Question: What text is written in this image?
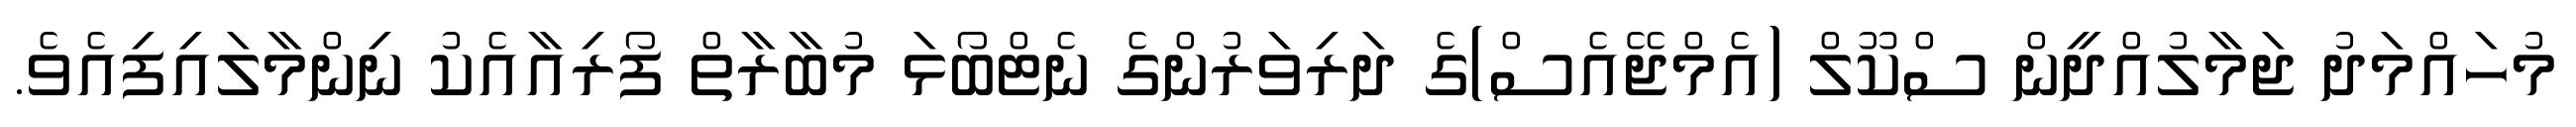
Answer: މުހައްމަދު ޖަމާލުއްދީން ސްކޫލް (އެމްޖޭއެސް)ގެ ދަރިވަރުންގެ ނެޓްބޯޅަ މުބާރާތް ފޯރިއާއެކު ނިންމާލައިފިއެވެ.